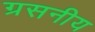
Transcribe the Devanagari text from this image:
ग्रसनीय